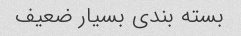
بسته بندی بسیار ضعیف